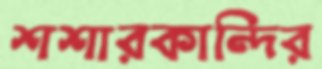
শশারকান্দির